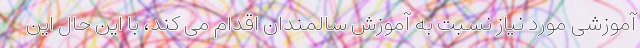
آموزشی مورد نیاز نسبت به آموزش سالمندان اقدام می کند، با این حال این